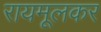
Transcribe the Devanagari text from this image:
रायमूलकर